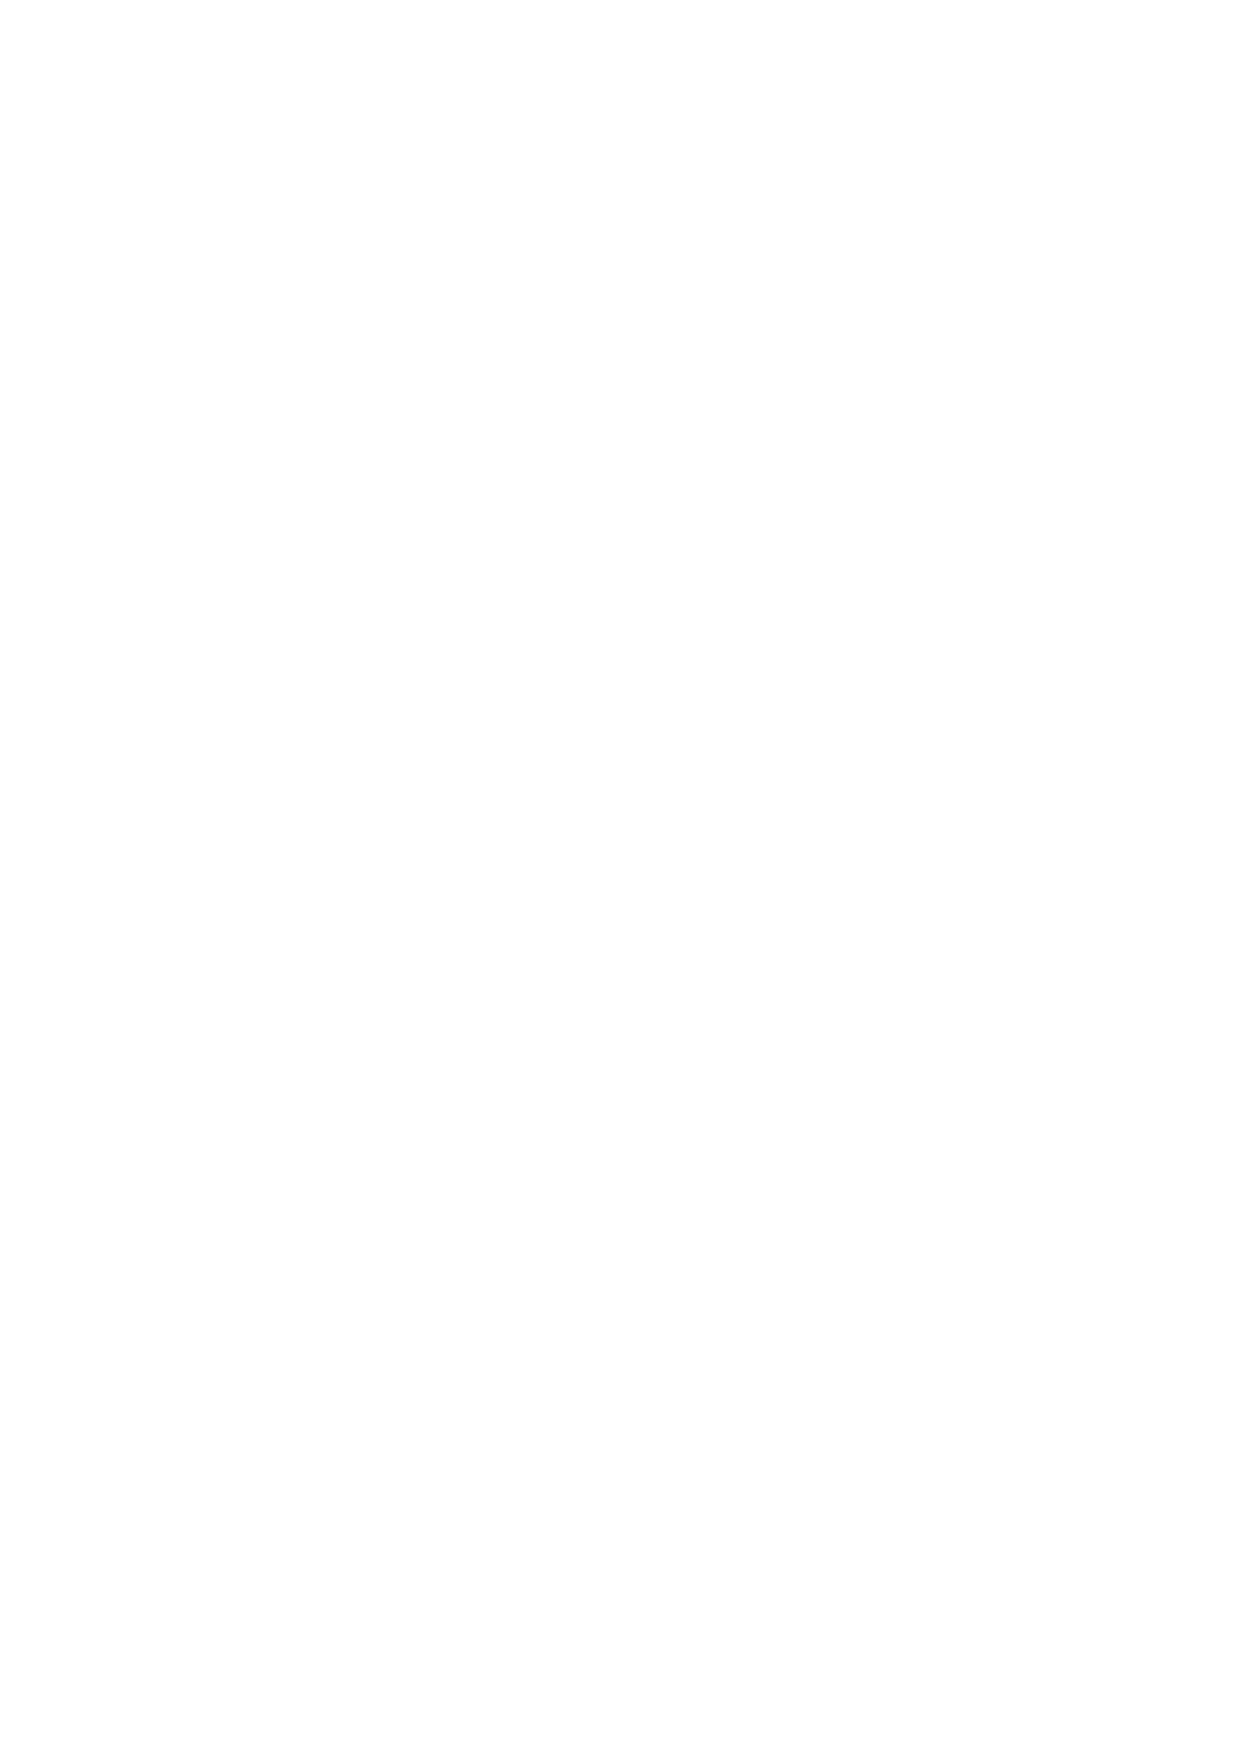
17.3 You specifically and unconditionally agree that PandaStocks LTD has the right to close or suspend your
 account with immediate effect in any of the following events:
  you are in breach of this Agreement (the Terms and Conditions);
  you have made any material misrepresentation to PandaStocks; you fail to provide
 information requested in relation to any verification undertaken by PandaStocks;
  you act in a rude or abusive manner to employees of PandaStocks.
 17.4 If either party terminate this agreement all open Positions shall be immediately closed on the current
 quote made by PandaStocks or, in the case where any market is closed for any reason, at the next
 available quote reasonably made by м on the reopening of said market and no new trades shall be
 accepted by PandaStocks
 17.5 No penalty will be payable by either party on termination of this Agreement and termination will not
 affect any accrued rights. On termination by either party, we may consolidate all or any of your accounts
 and may deduct all amounts due to us before transferring to you any credit balances on your account.
 17.6 At any time after the termination of this Agreement, we may without notice, close out any of your
 Positions.
 17.7 Further, if an Insolvency Event or Default Event occurs PandaStocks may (but is not obliged to):
   close (in whole or in part) all or any open Positions held by the client and any profits
 or losses attributable to such trades shall be settled immediately;
   close all of your accounts and refuse to accept any new instructions or trades from
 you;
   impose stop orders on all open Positions; or
   take any reasonable action to safeguard the interests of ICM such action to be
 judged solely by PandaStocks.
 18. Client Money
 18.1 PandaStocks will treat money received from you or held by us on your behalf in accordance with the FCA
 Client Money Rules.
 18.2 PandaStocks will hold all Client Money in client bank accounts.
 18.3 It is not our policy to pay interest to you on any of your money held by PandaStocks LTD.
 18.4 In the event that there has been no movement on your account balance for a period of at least six years
 (notwithstanding any payments or receipts of charges, interest or similar items) and we are unable to
 19
 v.1